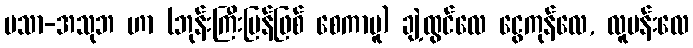
မသာ-အသုဘ ဟာ (ဘုန်းကြီးပြန်ဖြစ် စေကာမူ) ချဲ့ထွင်လေ ငွေကုန်လေ, လူပန်းလေ